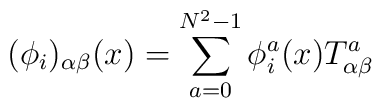
(\phi_i)_{\alpha\beta}(x)=\sum_{a=0}^{N^2-1} \phi^a_i(x)T^a_{\alpha\beta}